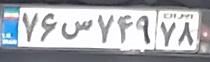
۷۶ص۷۴۹۷۸